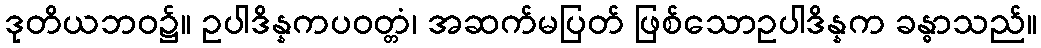
ဒုတိယဘဝ၌။ ဥပါဒိန္နကပဝတ္တံ၊ အဆက်မပြတ် ဖြစ်သောဥပါဒိန္နက ခန္ဓာသည်။